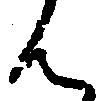
ん